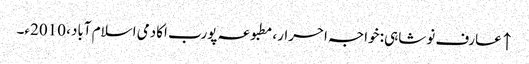
↑ عارف نوشاہی: خواجہ احرار، مطبوعہ پورب اکادمی اسلام آباد، 2010ء۔